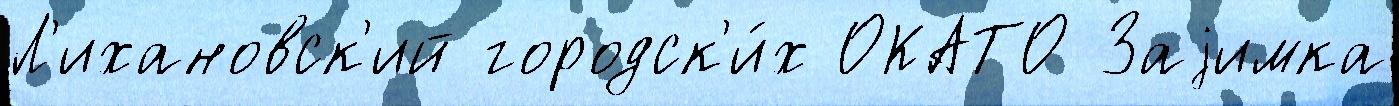
Л'ихановск'ий городск'и́х ОКАТО Заjимка